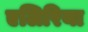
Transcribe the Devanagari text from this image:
एलिरिया